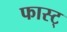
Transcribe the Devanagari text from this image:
फास्ट्